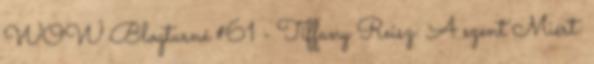
WOW Blogturné #61 - Tiffany Reisz: A szent Miért: